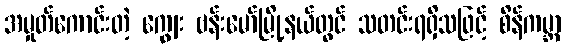
အမှုတ်ကောင်းတဲ့ ကျွေး ဗန်းမော်မြို့နယ်တွင် သတင်းရရှိသဖြင့် စိန်ကမ္ဘာ